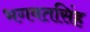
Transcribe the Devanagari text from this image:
भगवतसिंह